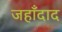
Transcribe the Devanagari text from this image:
जहाँदाद